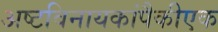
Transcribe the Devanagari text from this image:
अष्टविनायकांपैकीएक